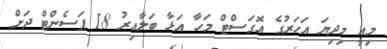
މިއީ މިދިޔަ އަހަރުގެ އޮގަސްޓް މަހާ އަޅާ ބަލާއިރު 18 ޕަސެންޓް ދަށް